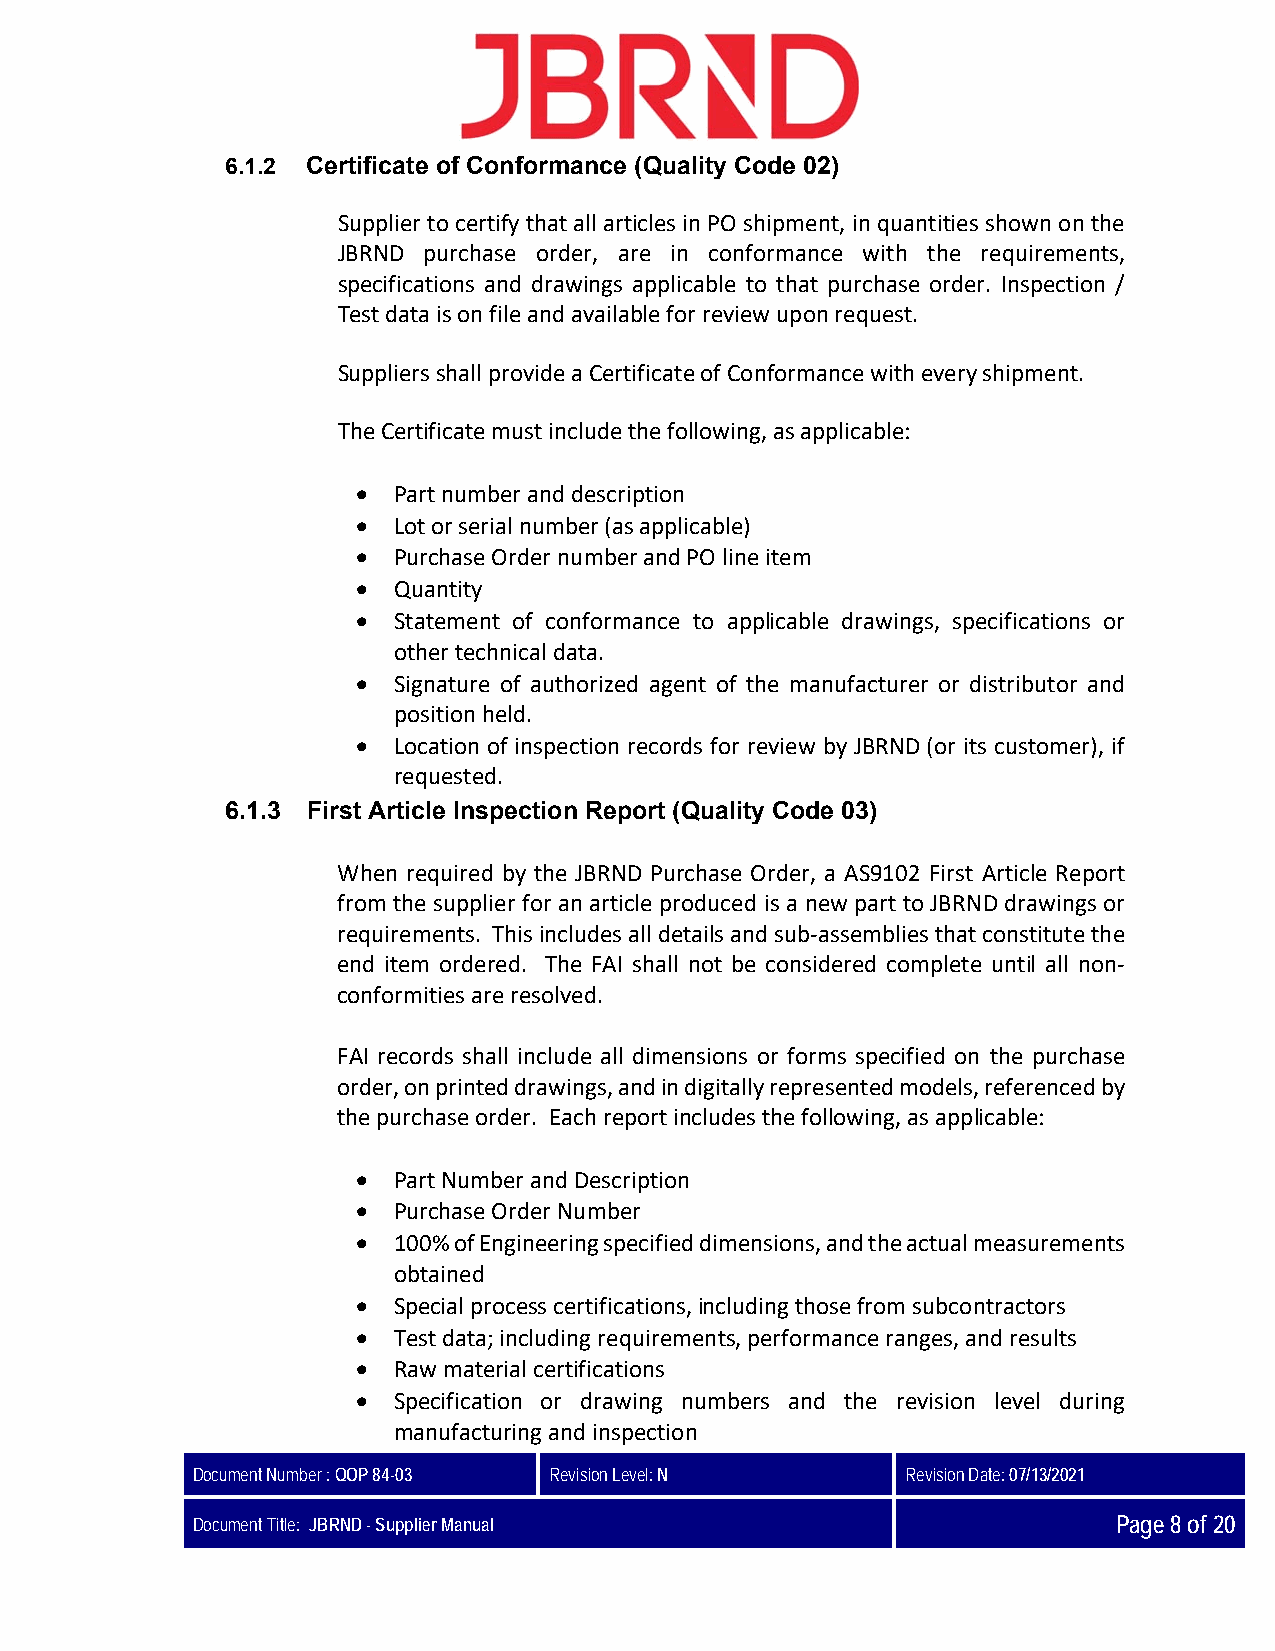
6.1.2 Certificate of Conformance (Quality Code 02)
 Supplier to certify that all articles in PO shipment, in quantities shown on the
 JBRND purchase order, are in conformance with the requirements,
 specifications and drawings applicable to that purchase order. Inspection /
 Test data is on file and available for review upon request.
 Suppliers shall provide a Certificate of Conformance with every shipment.
 The Certificate must include the following, as applicable:
  Part number and description
  Lot or serial number (as applicable)
  Purchase Order number and PO line item
  Quantity
  Statement of conformance to applicable drawings, specifications or
 other technical data.
  Signature of authorized agent of the manufacturer or distributor and
 position held.
  Location of inspection records for review by JBRND (or its customer), if
 requested.
 6.1.3 First Article Inspection Report (Quality Code 03)
 When required by the JBRND Purchase Order, a AS9102 First Article Report
 from the supplier for an article produced is a new part to JBRND drawings or
 requirements. This includes all details and sub‐assemblies that constitute the
 end item ordered. The FAI shall not be considered complete until all non‐
 conformities are resolved.
 FAI records shall include all dimensions or forms specified on the purchase
 order, on printed drawings, and in digitally represented models, referenced by
 the purchase order. Each report includes the following, as applicable:
  Part Number and Description
  Purchase Order Number
  100% of Engineering specified dimensions, and the actual measurements
 obtained
  Special process certifications, including those from subcontractors
  Test data; including requirements, performance ranges, and results
  Raw material certifications
  Specification or drawing numbers and the revision level during
 manufacturing and inspection
 Document Number : QOP 84-03 Revision Level: N  Revision Date: 07/13/2021
 Document Title: JBRND - Supplier Manual                      Page 8 of 20